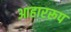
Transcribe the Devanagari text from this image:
आहाररूप